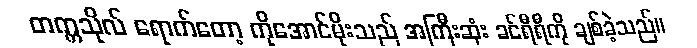
တက္ကသိုလ် ရောက်တော့ ကိုအောင်မိုးသည် အကြီးဆုံး ခင်ရီရီကို ချစ်ခဲ့သည်။